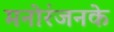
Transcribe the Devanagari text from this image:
मनोरंजनके